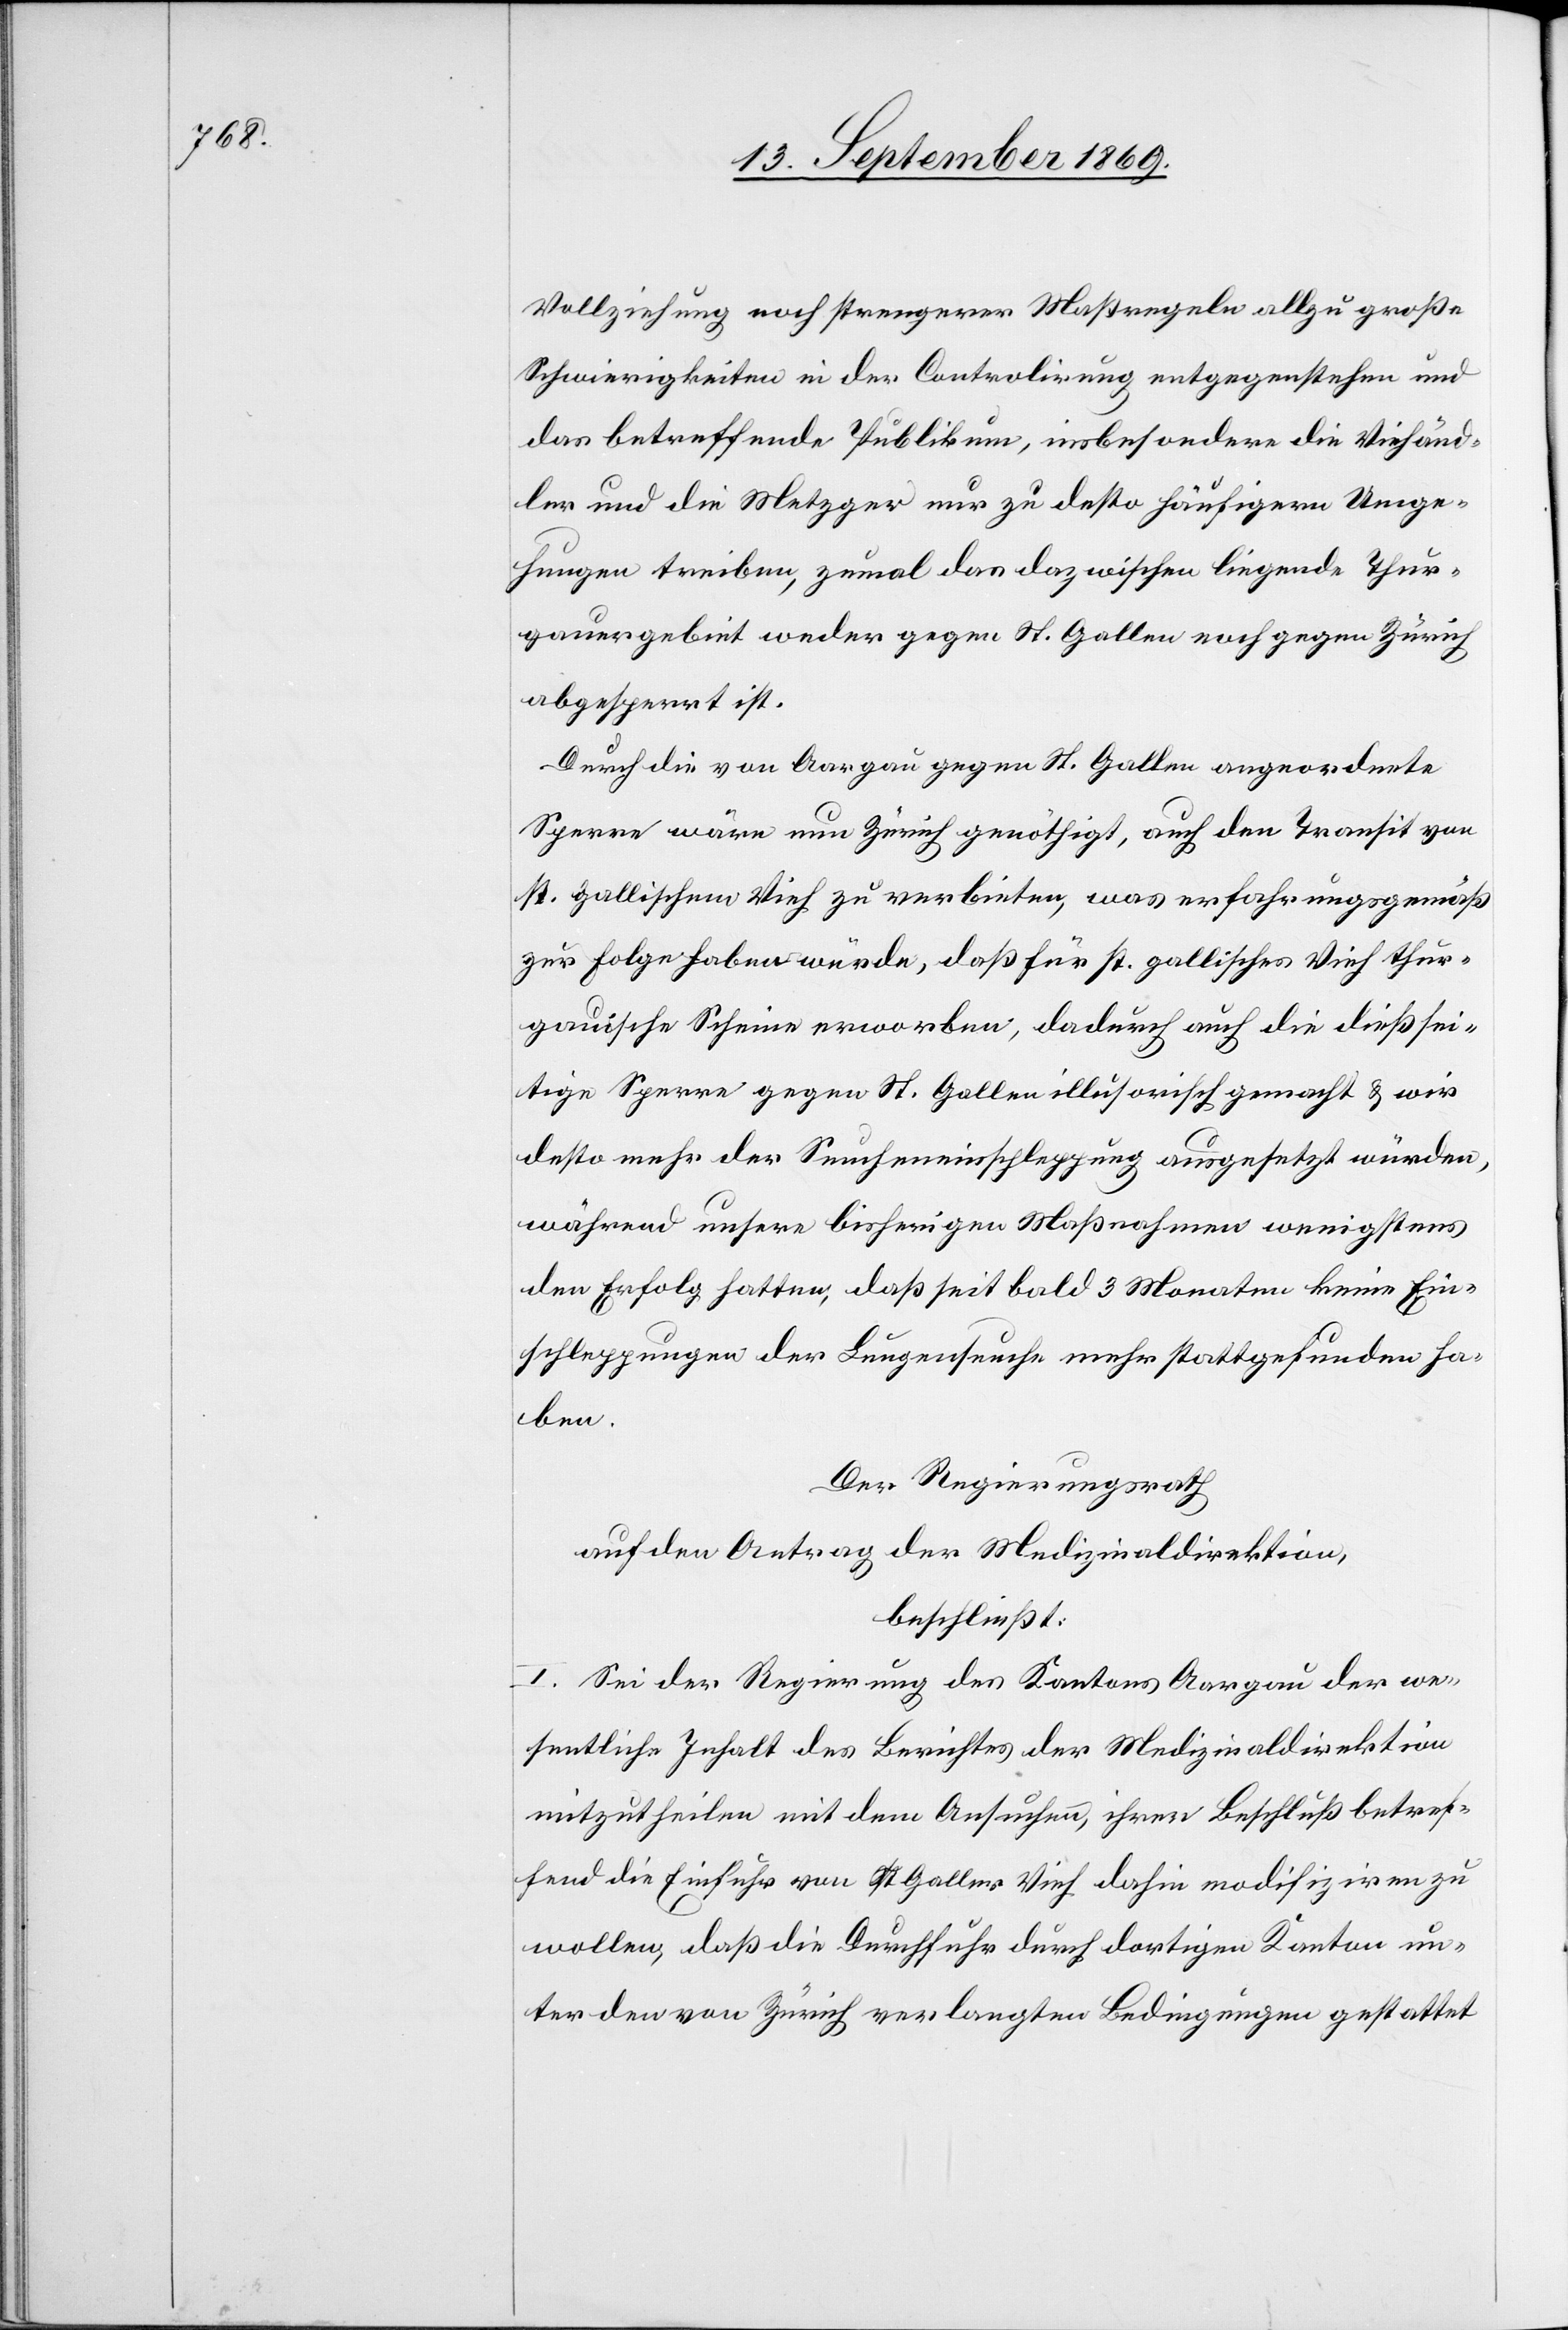
Vollziehung noch strengerer Maßregeln allzu große
Schwierigkeiten in der Controlirung entgegenstehen und
das betreffende Publikum, insbesondere die Vieh[h]änd¬
ler und die Metzger nur zu desto häufigern Umge¬
hungen treiben, zumal das dazwischen liegende Thur¬
gauergebiet weder gegen St. Gallen noch gegen Zürich
abgesperrt ist.
Durch die von Aargau gegen St. Gallen angeordnete
Sperre wäre nun Zürich genöthigt, auch den Transit von
st. gallischem Vieh zu verbieten, was erfahrungsgemäß
zur Folge haben würde, daß für st. gallisches Vieh thur¬
gauische Scheine erworben, dadurch auch die dießsei¬
tige Sperre gegen St. Gallen illusorisch gemacht & wir
desto mehr der Seucheneinschleppung ausgesetzt würden,
während unsere bisherigen Maßnahmen wenigstens
den Erfolg hatten, daß sei bald 3 Monaten keine Ein¬
schleppungen der Lungenseuche mehr stattgefunden ha¬
ben.
Der Regierungsrath
auf den Antrag der Medizinaldirektion,
beschließt:
I. Sei der Regierung des Kantons Aargau der we¬
sentliche Inhalt des Berichtes der Medizinaldirektion
mitzutheilen mit dem Ansuchen, ihren Beschluß betref¬
fend die Einfuhr von St. Galler Vieh dahin modifiziren zu
wollen, daß die Durchfuhr durch dortigen Kanton un¬
ter den von Zürich verlangten Bedingungen gestattet